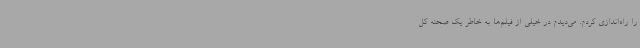
را راه‌اندازی کردم. می‌دیدم در خیلی از فیلم‌ها به خاطر یک صحنه کل